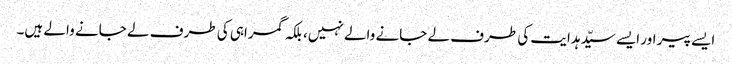
ایسے پیر اور ایسے سیّد ہدایت کی طرف لے جانے والے نہیں، بلکہ گمراہی کی طرف لے جانے والے ہیں۔